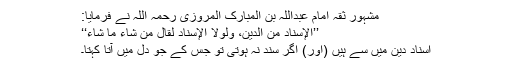
مشہور ثقہ امام عبداللہ بن المبارک المروزی رحمہ اللہ نے فرمایا:
’’الْإِسْنَادُ مِنَ الدِّینِ، وَلَوْلَا الْإِسْنَادُ لَقَالَ مَنْ شَاءَ مَا شَاءَ‘‘
اسناد دین میں سے ہیں (اور) اگر سند نہ ہوتی تو جس کے جو دل میں آتا کہتا۔